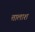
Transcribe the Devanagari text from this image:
त्तालाश